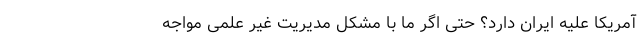
آمریکا علیه ایران دارد؟ حتی اگر ما با مشکل مدیریت غیر علمی مواجه